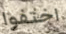
اختفوا